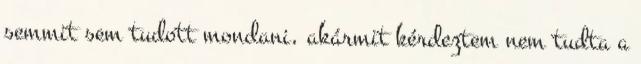
semmit sem tudott mondani, akármit kérdeztem nem tudta a